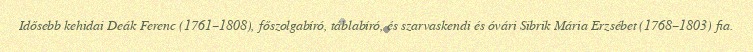
Idősebb kehidai Deák Ferenc (1761–1808), főszolgabíró, táblabíró, és szarvaskendi és óvári Sibrik Mária Erzsébet (1768–1803) fia.